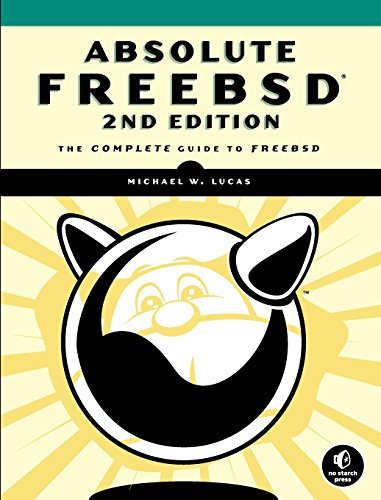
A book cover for Absolute FreeBSD: The Complete Guide to FreeBSD, 2nd Edition; Michael W. Lucas; Computers & Technology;